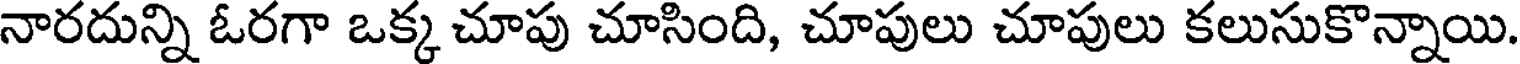
నారదున్ని ఓరగా ఒక్క చూపు చూసింది, చూపులు చూపులు కలుసుకొన్నాయి.